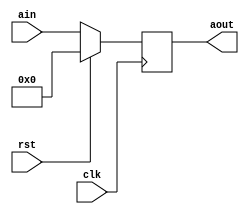
module pc(
clk,
ain,
rst,
aout);
//inputs
input clk;
input rst;
input [31:0] ain;
//outputs
output reg [31:0] aout;

reg enable;


always @(posedge clk) begin
	if(rst)
		aout <= 0;
	else
		aout <= ain;
	
end
endmodule